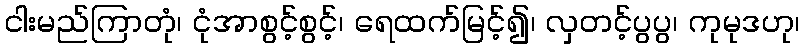
ငါးမည်ကြာတုံ၊ ငုံအာစွင့်စွင့်၊ ရေထက်မြင့်၍၊ လှတင့်ပွပွ၊ ကုမုဒဟု၊